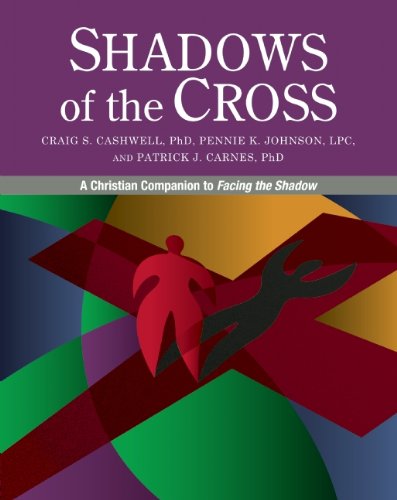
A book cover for Shadows of the Cross: A Christian Companion to Facing the Shadow; Craig Cashwell; Christian Books & Bibles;